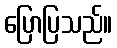
ပြောပြသည်။